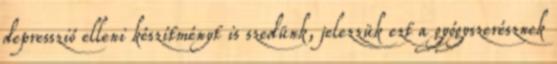
depresszió elleni készítményt is szedünk, jelezzük ezt a gyógyszerésznek